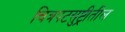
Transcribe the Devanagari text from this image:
चित्रपटसुष्ट्रीतील